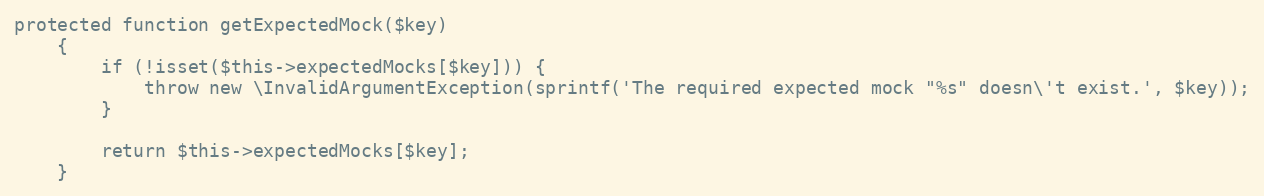
Language: PHP
protected function getExpectedMock($key)
    {
        if (!isset($this->expectedMocks[$key])) {
            throw new \InvalidArgumentException(sprintf('The required expected mock "%s" doesn\'t exist.', $key));
        }

        return $this->expectedMocks[$key];
    }